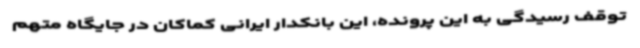
توقف رسیدگی به این پرونده، این بانکدار ایرانی کماکان در جایگاه متهم